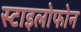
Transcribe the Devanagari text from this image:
स्टाइलोफोन